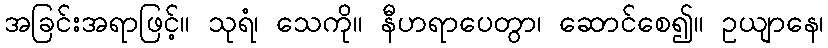
အခြင်းအရာဖြင့်။ သုရံ၊ သေကို။ နီဟရာပေတွာ၊ ဆောင်စေ၍။ ဥယျာနေ၊